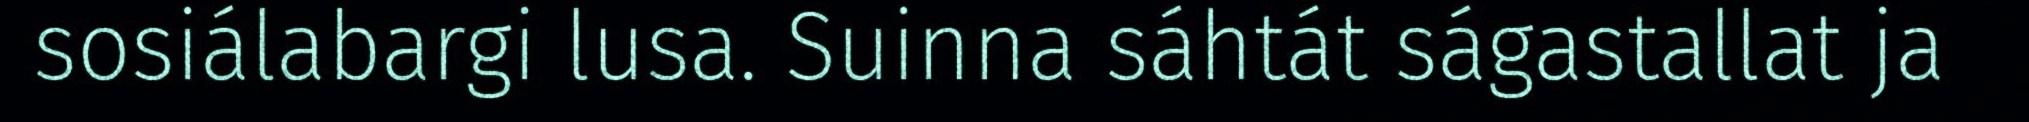
sosiálabargi lusa. Suinna sáhtát ságastallat ja